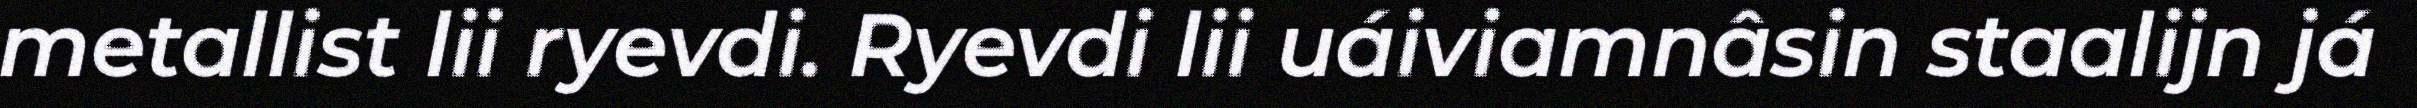
metallist lii ryevdi. Ryevdi lii uáiviamnâsin staalijn já